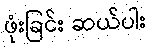
ဖုံးခြင်း ဆယ်ပါး